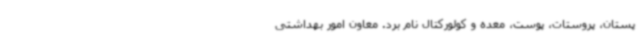
پستان، پروستات، پوست، معده و کولورکتال نام برد. معاون امور بهداشتی